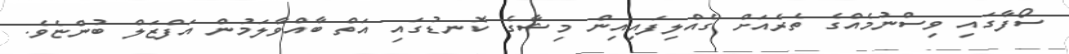
ސޯފާގައި ވިސްނުމެއްގެ ތެރެއަށް ގެއްލިފައިއިން މިޝާގެ ކޮނޑުގައި އަތް ބާއްވާލަމުން އަފްޒަލް ބުންޏެވެ.